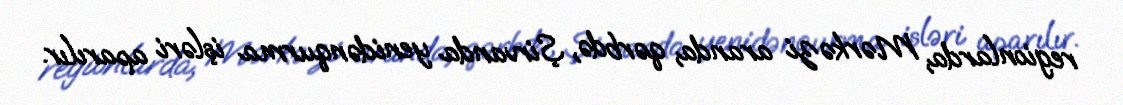
regionlarda, Mərkəzi aranda, qərbdə, Şirvanda yenidənqurma işləri aparılır.